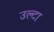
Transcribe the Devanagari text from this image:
उल्‍टा